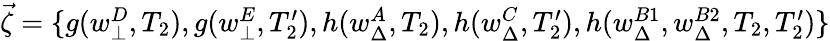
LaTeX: \begin{array}{r}{\vec{\zeta}=\{ g(w_{\bot}^{D},T_{2}),g(w_{\bot}^{E},T_{2}^{\prime}),h(w_{\Delta}^{A},T_{2}),h(w_{\Delta}^{C},T_{2}^{\prime}),h(w_{\Delta}^{B1},w_{\Delta}^{B2},T_{2},T_{2}^{\prime})\} }\end{array}